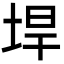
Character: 垾